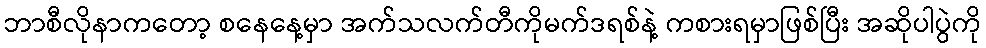
ဘာစီလိုနာကတော့ စနေနေ့မှာ အက်သလက်တီကိုမက်ဒရစ်နဲ့ ကစားရမှာဖြစ်ပြီး အဆိုပါပွဲကို